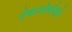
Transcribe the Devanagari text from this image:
टेकनोलौजी